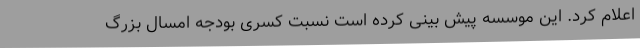
اعلام کرد. این موسسه پیش بینی کرده است نسبت کسری بودجه امسال بزرگ